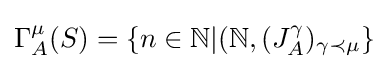
\Gamma _{A}^{\mu }(S)=\{n\in \mathbb {N} |(\mathbb {N} ,(J_{A}^{\gamma })_{\gamma \prec \mu }\}